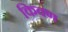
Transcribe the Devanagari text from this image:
किवण